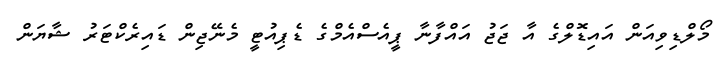
މޯލްޑިވިއަން އައިޑޮލްގެ އާ ޖަޖު އައްފާނާ ޕީއެސްއެމްގެ ޑެޕިއުޓީ މެނޭޖިން ޑައިރެކްޓަރު ޝާޔަން